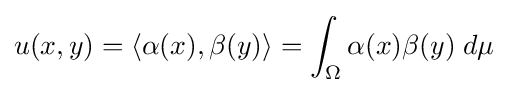
u(x,y)=\langle \alpha (x),\beta (y)\rangle =\int _{\Omega }\alpha (x)\beta (y)\;d\mu